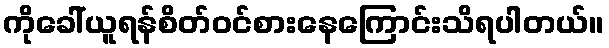
ကိုခေါ်ယူရန်စိတ်ဝင်စားနေကြောင်းသိရပါတယ်။